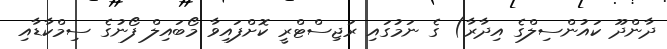
ދާންދޫ ކައުންސިލްގެ އިދާރާ) ގެ ނަމުގައި ރަޖިސްޓްރީ ކޮށްފައިވާ މޯބައިލް ފޯނުގެ ސިމްކާޑާއި